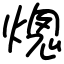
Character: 熜